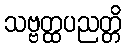
သဗ္ဗတ္ထပညတ္တိ